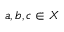
a , b , c \in X